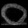
Digit: ၀